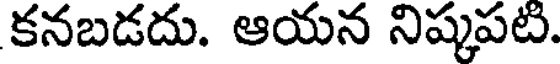
కనబడదు. ఆయన నిష్కపటి.